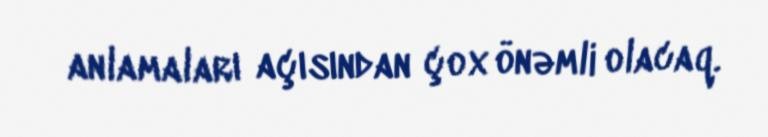
anlamaları açısından çox önəmli olacaq.